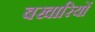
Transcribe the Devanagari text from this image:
बखारियों